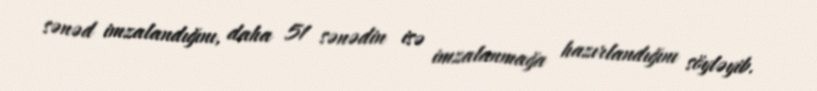
sənəd imzalandığını, daha 51 sənədin isə imzalanmağa hazırlandığını söyləyib.